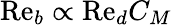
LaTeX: \mathrm{Re}_{b}\propto\mathrm{Re}_{d}C_{M}